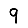
Digit: 9